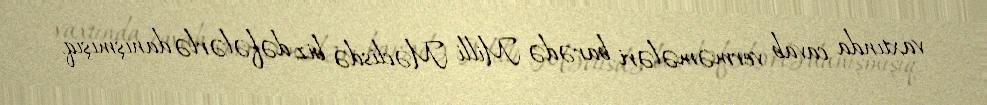
vaxtında cavab verməmələri barədə Milli Məclisdə biz dəfələrlə danışmışıq.